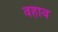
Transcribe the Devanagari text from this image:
वहाव